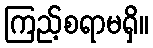
ကြည့်စရာမရှိ။